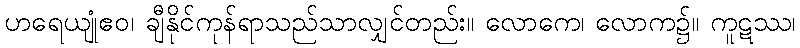
ဟရေယျုံဧဝ၊ ချီနိုင်ကုန်ရာသည်သာလျှင်တည်း။ လောကေ၊ လောက၌။ ကူဋဿ၊